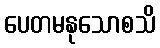
ပေတမနုသောစသိ